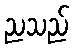
ညသည်